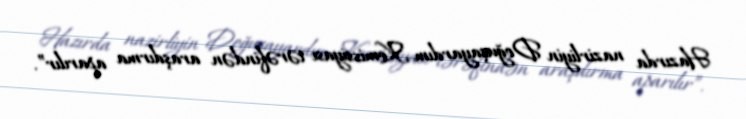
Hazırda nazirliyin Doğuşayardım Komissiyası tərəfindən araşdırma aparılır”.